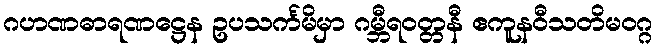
ဂဟဏဓာရဏဋ္ဌေန ဥပသင်္ကမိမှာ ဂမ္ဘီရဝတ္တနီ ဧကူနဝီသတိမဝဂ္ဂ